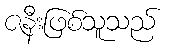
ဇနီးဖြစ်သူသည်